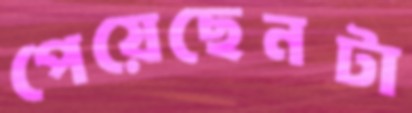
পেয়েছেনটা